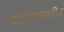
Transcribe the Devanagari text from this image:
टाकण्यासाठीच